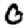
Digit: 0